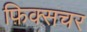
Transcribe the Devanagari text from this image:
फ़िक्सचर